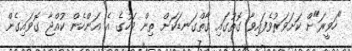
"ހަވީރަ"ށް ކަށަވަރުވެފައިވާ ގޮތުގައި ގާތްގަނޑަކަށް ތިން މަހުގެ އެ އަންހެން ކުއްޖާ ގޮވައިގެން